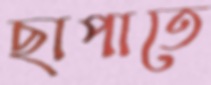
ছাপাতে